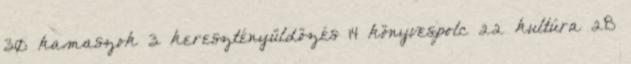
30 kamaszok 3 keresztényüldözés 14 könyvespolc 22 kultúra 28